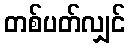
တစ်ပတ်လျှင်